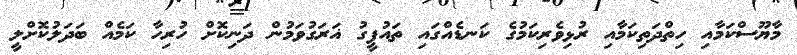
މާޔޫސްކަމާއި ހިތްދަތިކަމާއި ރުޅިވެރިކަމުގެ ކަނޑެއްގައި ތައުފީގު ޣަރަގުވަމުން ދަނިކޮށް ހުރިހާ ކަމެއް ބަދަލުކޮށްލީ